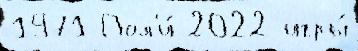
1971 Пол'и́ 2022 игры́